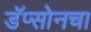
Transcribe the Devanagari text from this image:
डॅप्सोनचा